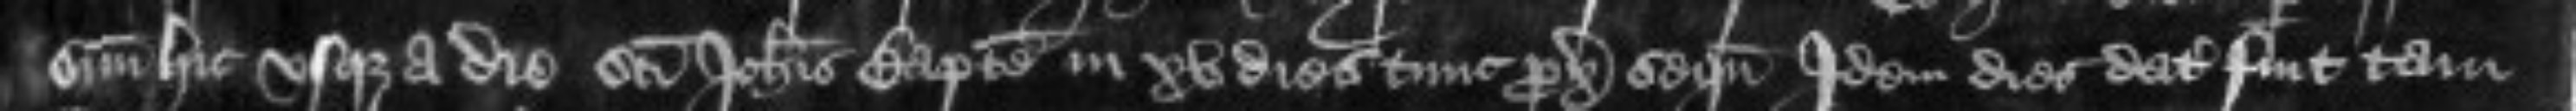
suum hic usque a die Sancti Johannis Baptiste in xv dies tunc proxime sequentes Idem dies datus fuit tam